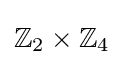
\mathbb {Z} _{2}\times \mathbb {Z} _{4}